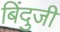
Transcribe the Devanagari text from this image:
बिंदुजी